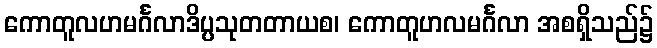
ကောတူလဟမင်္ဂလာဒိပ္ပသုတတာယစ၊ ကောတူဟလမင်္ဂလာ အစရှိသည်၌